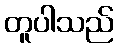
တူပါသည်